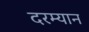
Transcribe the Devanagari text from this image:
दरम्‍यान